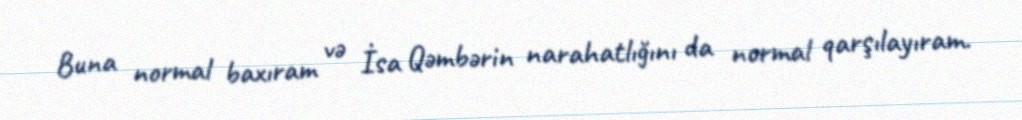
Buna normal baxıram və İsa Qəmbərin narahatlığını da normal qarşılayıram.